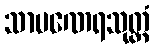
သာမဏေရသုတ္တံ